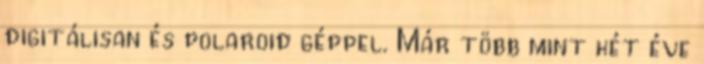
digitálisan és polaroid géppel. Már több mint két éve